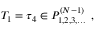
T _ { 1 } = \tau _ { 4 } \in { \cal P } _ { 1 , 2 , 3 , \ldots } ^ { ( N - 1 ) } \ ,